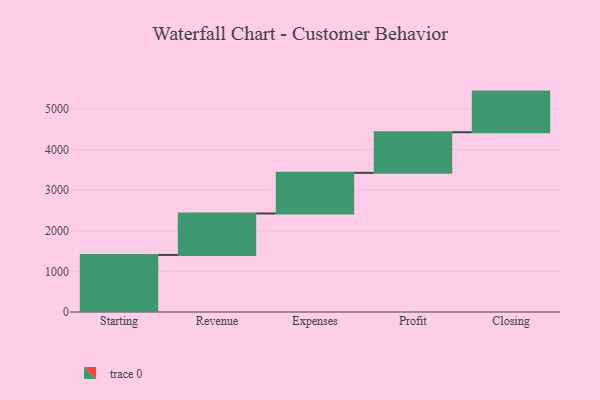
{"axis": {"x": "Step", "y": "Value"}, "legend": [""], "data": [{"x": "Starting", "y": 1404.0, "type": ""}, {"x": "Revenue", "y": 1021.0, "type": ""}, {"x": "Expenses", "y": 1000, "type": ""}, {"x": "Profit", "y": 1000, "type": ""}, {"x": "Closing", "y": 1000, "type": ""}]}